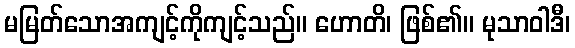
မမြတ်သောအကျင့်ကိုကျင့်သည်။ ဟောတိ၊ ဖြစ်၏။ မုသာဝါဒီ၊